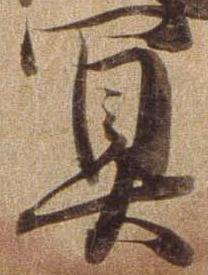
冥